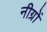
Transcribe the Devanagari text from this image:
नीग्रों